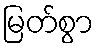
မြတ်စွာ